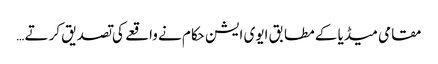
مقامی میڈیا کے مطابق ایوی ایشن حکام نے واقعے کی تصدیق کرتے …